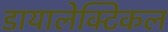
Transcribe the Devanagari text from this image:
डायालेक्टिकल